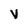
Character: V